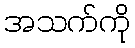
အသက်ကို